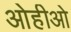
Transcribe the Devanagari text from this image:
ओहीओ